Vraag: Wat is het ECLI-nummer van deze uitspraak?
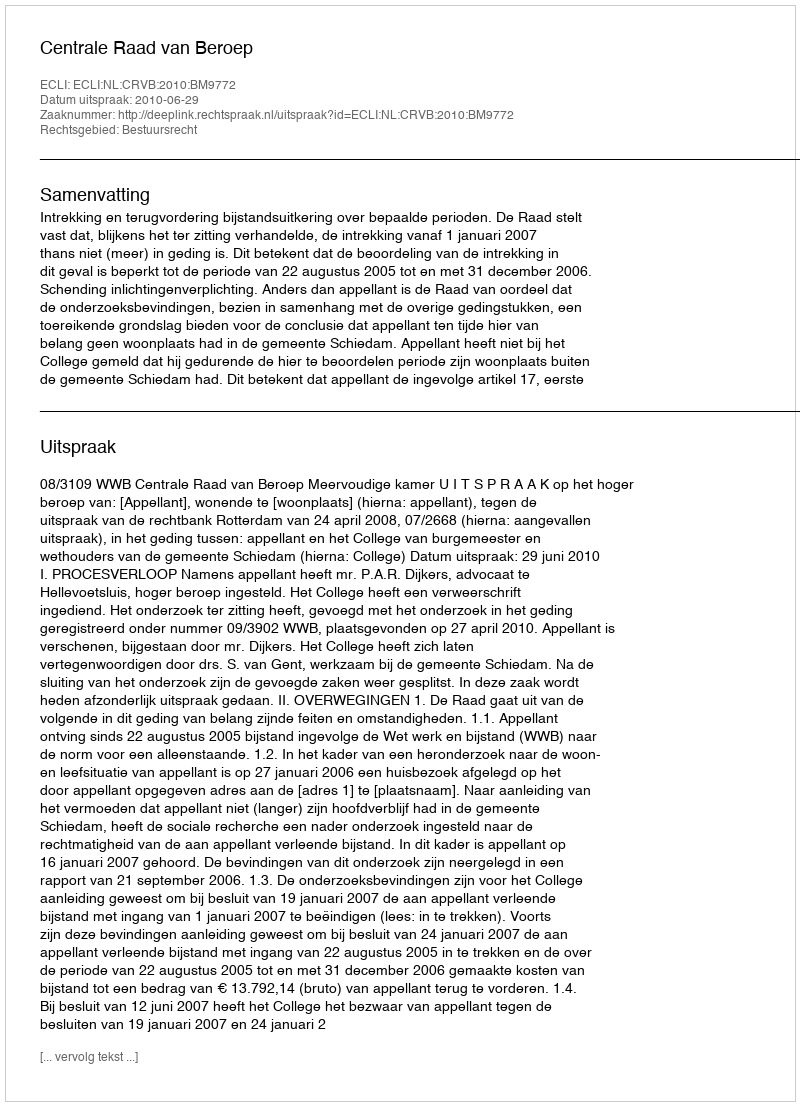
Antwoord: ECLI:NL:CRVB:2010:BM9772